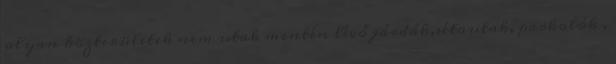
olyan közterületek nem utak mentén lévő járdák,sétautak, parkolók ,